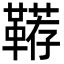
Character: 鞯